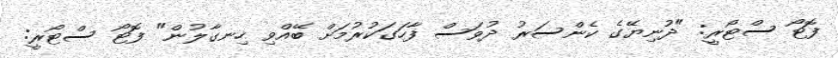
ފޮޓޯ ސްޓޯރީ: "ދުނިޔޭގެ ކެންސަރު ދުވަސް ފާހަގަކުރުމަށް ބޭއްވި ހިނގާލުން" ފޮޓޯ ސްޓޯރީ: